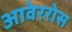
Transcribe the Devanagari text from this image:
आवेररोस